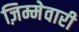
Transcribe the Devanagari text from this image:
ज़िम्मेवारी